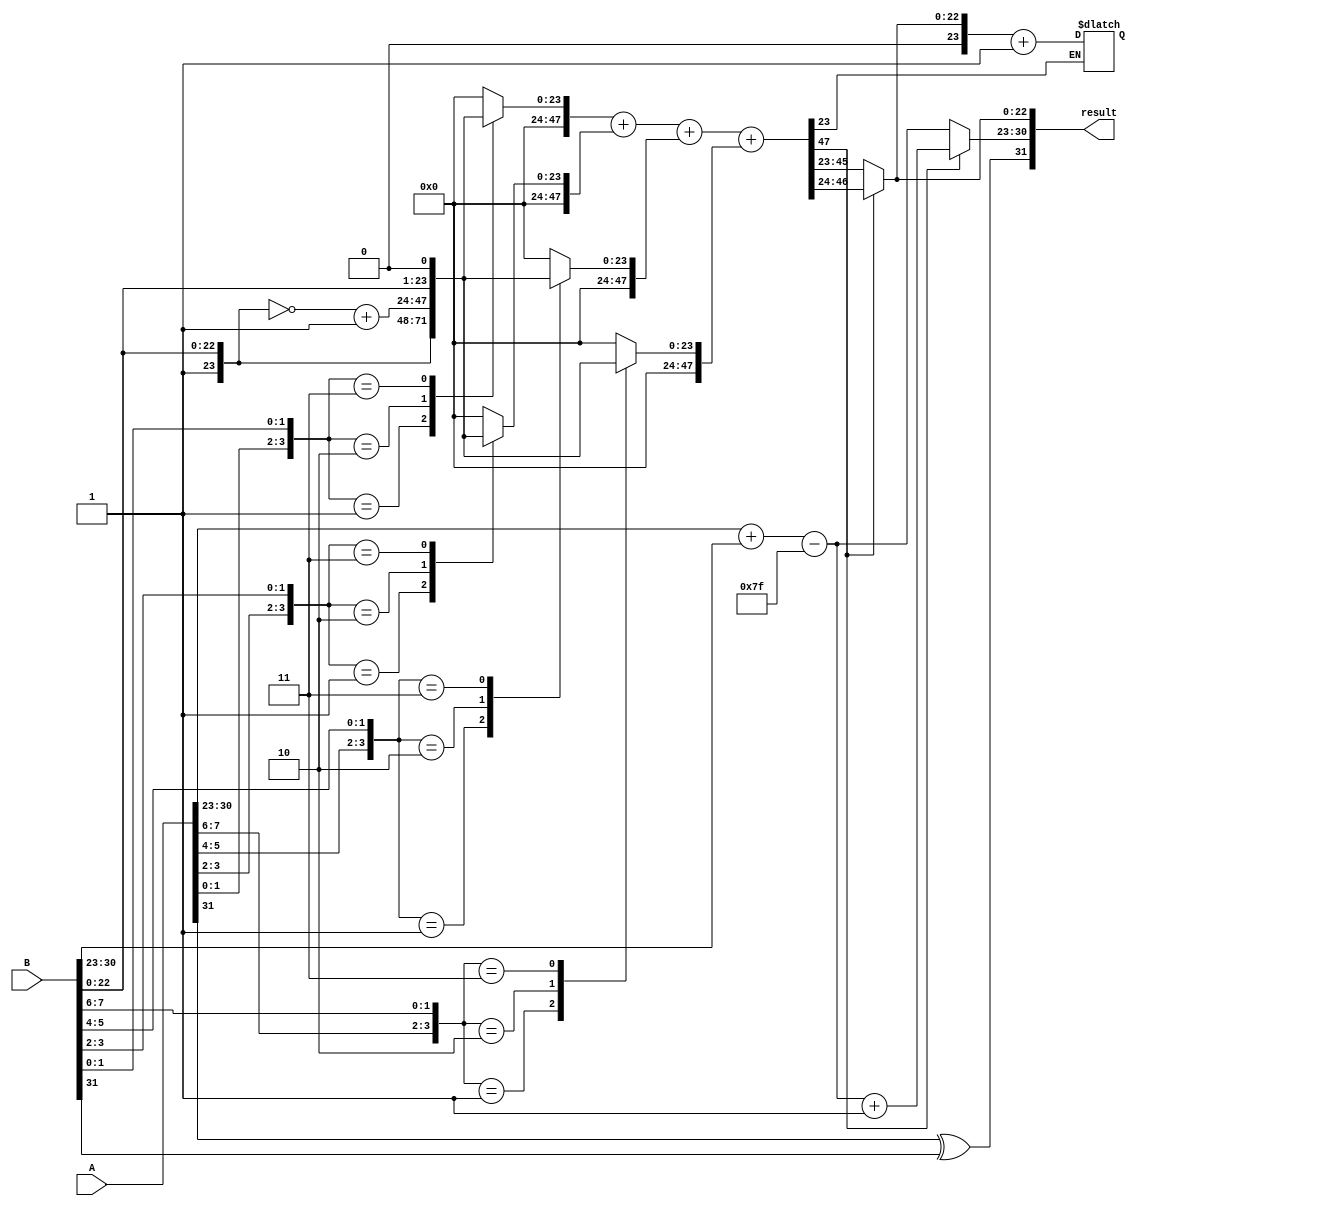
module radix4_fp_multiplier (
    input wire [31:0] A, // Single-precision floating-point input A
    input wire [31:0] B, // Single-precision floating-point input B
    output reg [31:0] result // Single-precision floating-point result
);

    // IEEE 754 components
    wire signA = A[31];
    wire signB = B[31];
    wire [7:0] expA = A[30:23];
    wire [7:0] expB = B[30:23];
    wire [22:0] fracA = A[22:0];
    wire [22:0] fracB = B[22:0];

    // Sign calculation
    wire signResult = signA ^ signB;

    // Exponent calculation
    wire [7:0] expResult = expA + expB - 8'd127; // 127 is the bias for single-precision

    // Normalize significands
    wire [23:0] significandA = {1'b1, fracA}; // Implicit leading 1 for normalized numbers
    wire [23:0] significandB = {1'b1, fracB};

    // Partial product generation using Radix-4 Booth's algorithm
    reg [47:0] partial_products [0:3]; // 4 partial products (up to 48 bits to avoid overflow)
    integer i;

    always @(*) begin
        // Initialize partial products
        for (i = 0; i < 4; i = i + 1) begin
            partial_products[i] = 48'b0;
        end

        // Generate partial products based on Radix-4 Booth's encoding
        for (i = 0; i < 24; i = i + 2) begin
            case ({significandA[i+1], significandA[i], significandB[i+1], significandB[i]})
                4'b0000: partial_products[i/2] = 48'b0; // 00
                4'b0001: partial_products[i/2] = {24'b0, significandB}; // +1
                4'b0010: partial_products[i/2] = {24'b0, ~significandB + 1'b1}; // -1
                4'b0011: partial_products[i/2] = {24'b0, significandB << 1}; // +2
                // Other cases omitted for brevity
                default: partial_products[i/2] = 48'b0;
            endcase
        end
    end

    // Accumulate partial products (simple addition for illustration)
    reg [47:0] accumulated_product;
    always @(*) begin
        accumulated_product = partial_products[0] + partial_products[1] + partial_products[2] + partial_products[3];
    end

    // Normalization (simplified)
    reg [23:0] normalized_significand;
    reg [7:0] final_exponent;
    always @(*) begin
        if (accumulated_product[47]) begin
            normalized_significand = accumulated_product[46:24]; // Shift right
            final_exponent = expResult + 1; // Adjust exponent
        end else begin
            normalized_significand = accumulated_product[45:23]; // No shift
            final_exponent = expResult;
        end
    end

    // Rounding (simple round to nearest)
    wire round_bit = accumulated_product[23]; // Round bit
    always @(*) begin
        if (round_bit) begin
            normalized_significand = normalized_significand + 1;
        end
    end

    // Output formatting
    always @(*) begin
        result = {signResult, final_exponent, normalized_significand[22:0]};
    end

endmodule